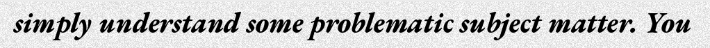
simply understand some problematic subject matter. You